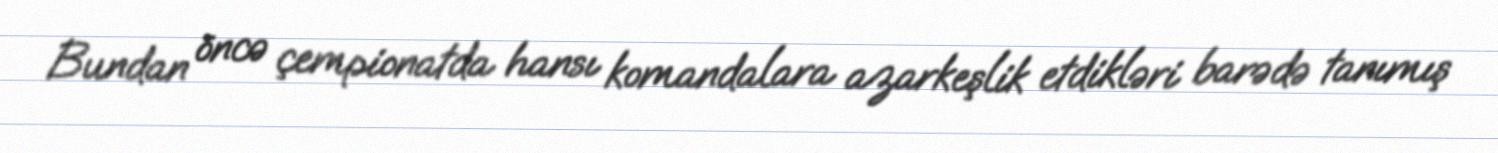
Bundan öncə çempionatda hansı komandalara azarkeşlik etdikləri barədə tanımış